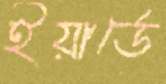
ইয়ার্ডে